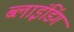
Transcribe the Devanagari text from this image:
ब्‍लाइंडिंग